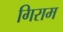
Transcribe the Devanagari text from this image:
गिराम